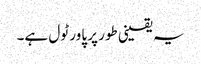
یہ یقینی طور پر پاور ٹول ہے۔